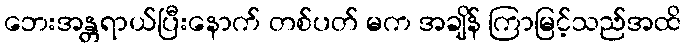
ဘေးအန္တရာယ်ပြီးနောက် တစ်ပတ် မက အချိန် ကြာမြင့်သည်အထိ